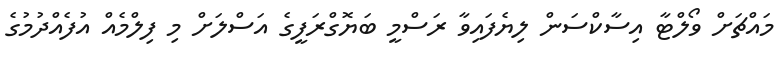
މައްޗަށް ވޯލްޓާ އިސާކްސަން ލިޔެފައިވާ ރަސްމީ ބަޔޮގްރަފީގެ އަސްލަށް މި ފިލްމެއް އުފެއްދުމުގެ